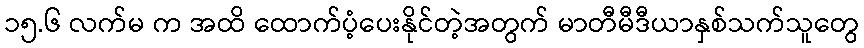
၁၅.၆ လက်မ က အထိ ထောက်ပံ့ပေးနိုင်တဲ့အတွက် မာတီမီဒီယာနှစ်သက်သူတွေ